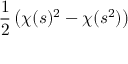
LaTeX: { \frac { 1 } { 2 } } \left( \chi ( s ) ^ { 2 } - \chi ( s ^ { 2 } ) \right)